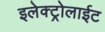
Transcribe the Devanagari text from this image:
इलेक्ट्रोलाईट